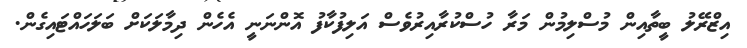
އިޒްރޭލު ބީތާއިން މުސްލިމުން މަރާ ހުސްކުރާއިރުވެސް އަލިފުކާފު އޮންނަނީ އެހެން ދިމާލަކަށް ބަލަހައްޓައިގެން.